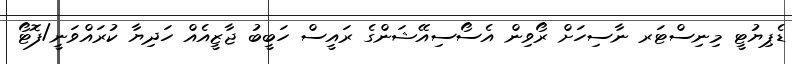
ޑެޕިޔުޓީ މިނިސްޓަރ ނާސިހަށް ރޯވިން އެސޯސިއޭޝަންގެ ރައީސް ހަބީބު ޖާޒީއެއް ހަދިޔާ ކުރައްވަނީ/ފޮޓޯ